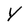
Character: y